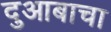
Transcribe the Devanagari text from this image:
दुआबाचा